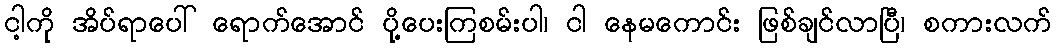
ငါ့ကို အိပ်ရာပေါ် ရောက်အောင် ပို့ပေးကြစမ်းပါ၊ ငါ နေမကောင်း ဖြစ်ချင်လာပြီ၊ စကားလက်